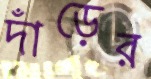
দাঁড়ের